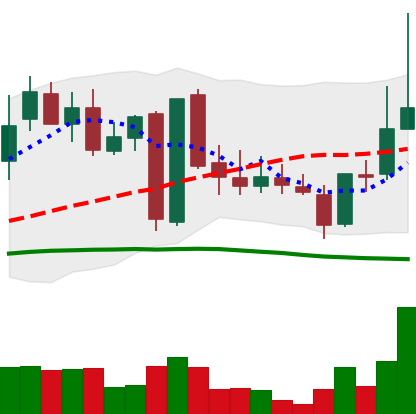
Ticker: LINK-USD
Chart end date: 2019-03-08
Forward return: 3.927%
Label: up_3_5